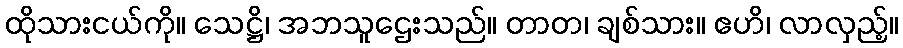
ထိုသားငယ်ကို။ သေဋ္ဌိ၊ အဘသူဌေးသည်။ တာတ၊ ချစ်သား။ ဧဟိ၊ လာလှည့်။